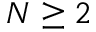
N \geq 2